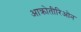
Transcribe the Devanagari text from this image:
आक्रोतीरिओन